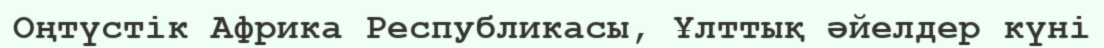
Оңтүстік Африка Республикасы, Ұлттық әйелдер күні